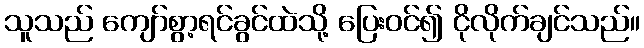
သူသည် ကျော်စွာ့ရင်ခွင်ထဲသို့ ပြေးဝင်၍ ငိုလိုက်ချင်သည်။